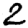
Digit: 2